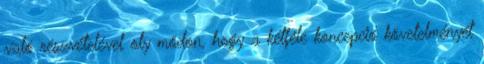
való részvételével oly módon, hogy a kétféle koncepció követelményét